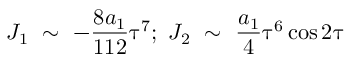
J _ { 1 } \ \sim \ - \frac { 8 a _ { 1 } } { 1 1 2 } \uptau ^ { 7 } ; \ J _ { 2 } \ \sim \ \frac { a _ { 1 } } { 4 } \uptau ^ { 6 } \cos 2 \uptau